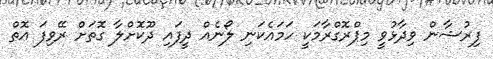
ފިރުޝާން ވިދާޅުވީ މިޕްރޮގްރާމަކީ ހަމައެކަނި ލޯނެއް ދީފައި ދޫކޮށްލާ ގޮތަށް ރޭވިފަ އޮތް